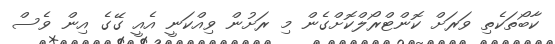
ކާބޯތަކެތި ވަރަށް ކޮންޓްރޯލްކޮށްގެން މި ރަށުން ވިއްކަނީ އެއީ ގޭގެ އިން ވެސް